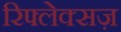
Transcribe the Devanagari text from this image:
रिफ्लेक्सज़